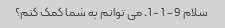
سلام 9 - 1 - 1. می توانم به شما کمک کنم؟